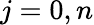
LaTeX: j=0,n